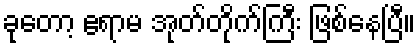
ခုတော့ ဧရာမ အုတ်တိုက်ကြီး ဖြစ်နေပြီ။